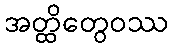
အတ္ထိတွေဝဿ